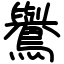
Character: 鸒